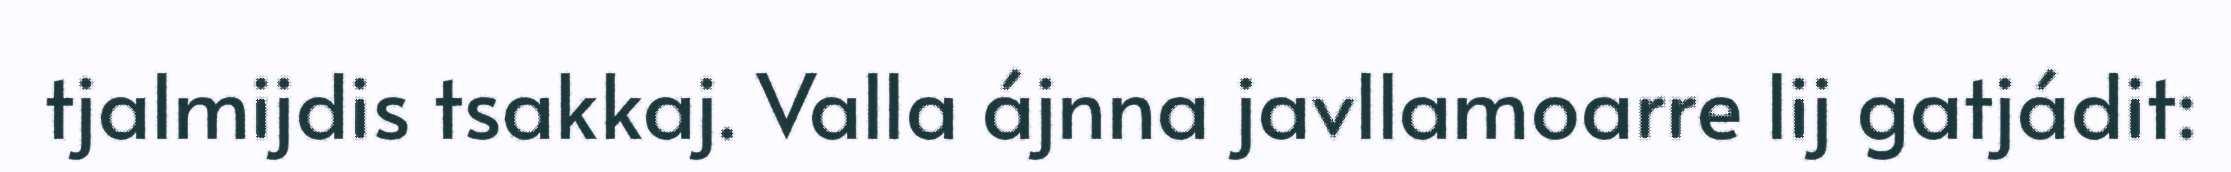
tjalmijdis tsakkaj. Valla ájnna javllamoarre lij gatjádit: